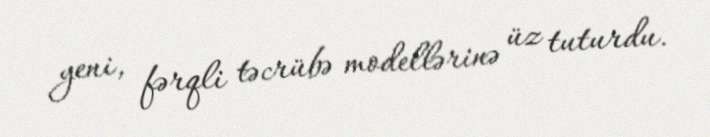
yeni, fərqli təcrübə modellərinə üz tuturdu.